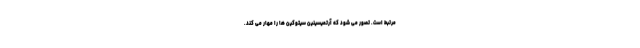
مرتبط است. تصور می‌ شود که آرتمیسینین سیتوکین‌ ها را مهار می‌ کند.